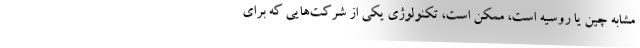
مشابه چین یا روسیه است، ممکن است، تکنولوژی یکی از شرکت‌هایی که برای